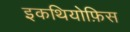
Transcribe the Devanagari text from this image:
इकथियोफ़िस